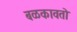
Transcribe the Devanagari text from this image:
बळकावतो